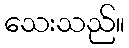
သေးသည်။